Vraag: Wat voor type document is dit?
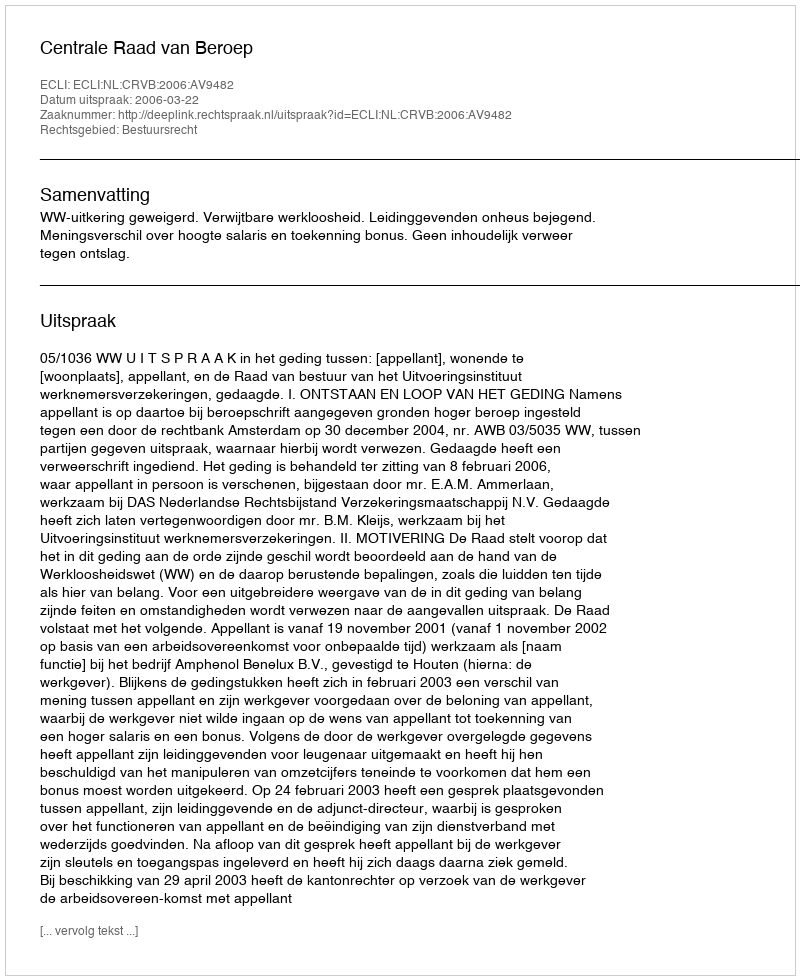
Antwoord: Uitspraak